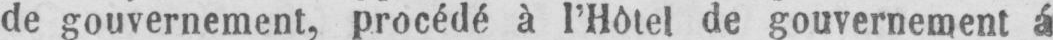
de gouvernement, procédé à l’Hôtel de gouvernement á